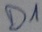
Text: D1